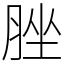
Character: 脞